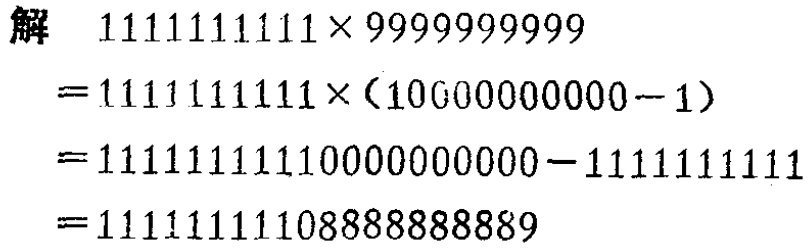
\begin{align*}

&解\quad1111111111\times9999999999\\

&=1111111111\times(10000000000 - 1)\\

&=11111111110000000000-1111111111\\

&=11111111108888888889

\end{align*}